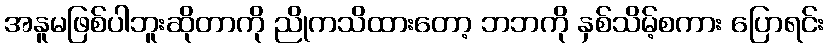
အနူမဖြစ်ပါဘူးဆိုတာကို ညိုကသိထားတော့ ဘဘကို နှစ်သိမ့်စကား ပြောရင်း